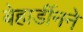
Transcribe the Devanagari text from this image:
बेहार्डीनने